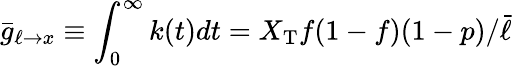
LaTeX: \bar{g}_{\ell\to x}\equiv\int_{0}^{\infty}k(t)dt=X_{\mathrm{T}}f(1-f)(1-p)/\bar{\ell}